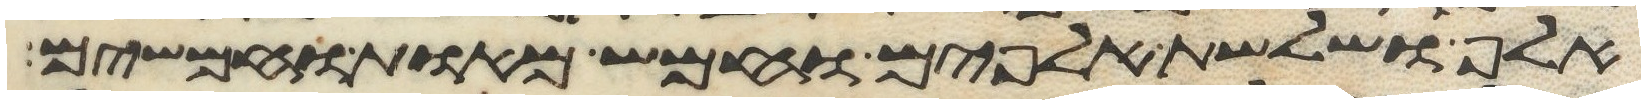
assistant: אלף ושלשת אלפים וחמש מאות וחמשים